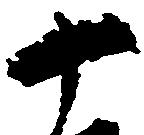
十